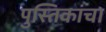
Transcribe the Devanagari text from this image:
पुस्तिकांचा